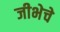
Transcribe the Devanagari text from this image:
जीभेचे